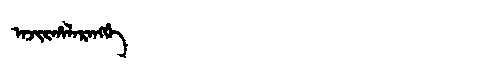
Manchu: ᠠᠵᡳᡵᡥᠠᠯᠠᡵᠠᠩᡤᡝ
Romanization: AJIRHALARANGGE